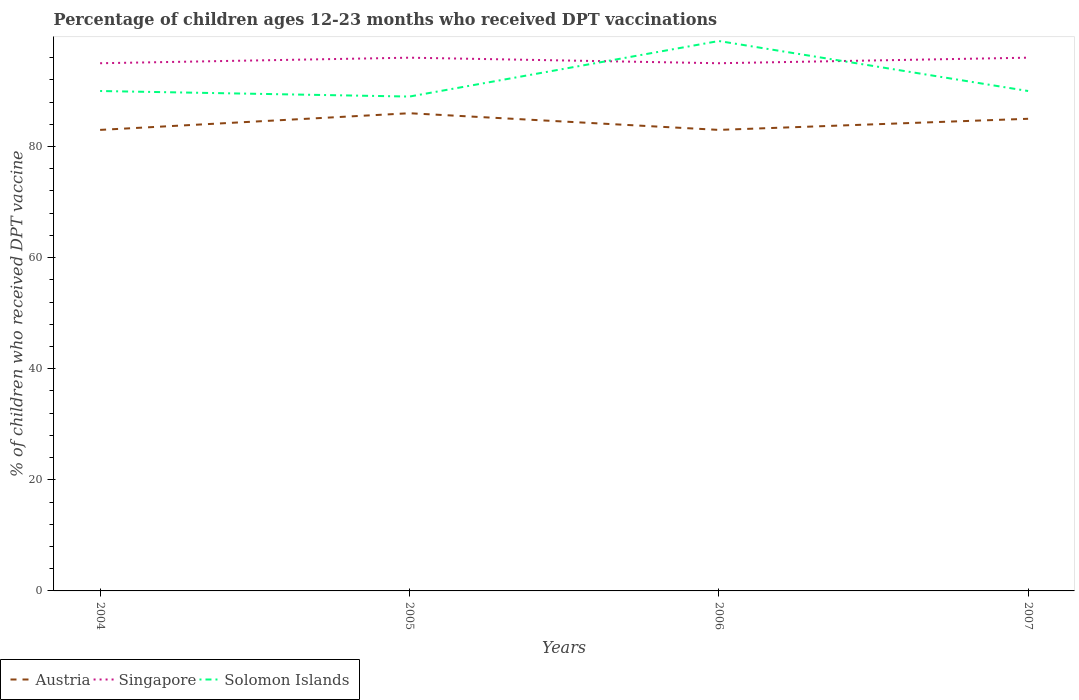
| Years | Austria | Singapore | Solomon Islands |
 | --- | --- | --- | --- |
 | 2004 | 83 | 95 | 90 |
 | 2005 | 86 | 96 | 89 |
 | 2006 | 83 | 95 | 99 |
 | 2007 | 85 | 96 | 90 |